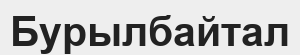
Бурылбайтал